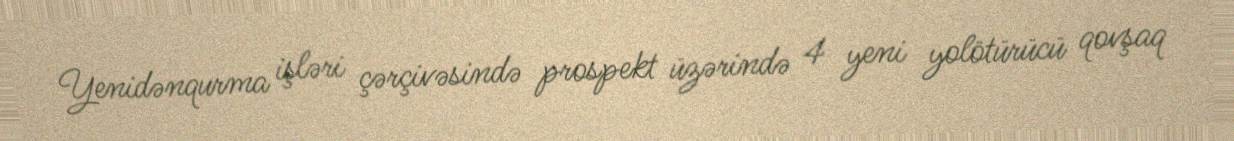
Yenidənqurma işləri çərçivəsində prospekt üzərində 4 yeni yolötürücü qovşaq